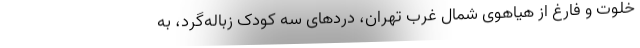
خلوت و فارغ از هیاهویِ شمال غرب تهران، دردهای سه کودک زباله‌گرد، به